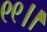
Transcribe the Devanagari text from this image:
९९।।